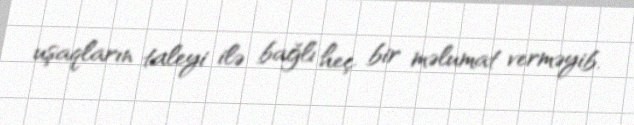
uşaqların taleyi ilə bağlı heç bir məlumat verməyib.